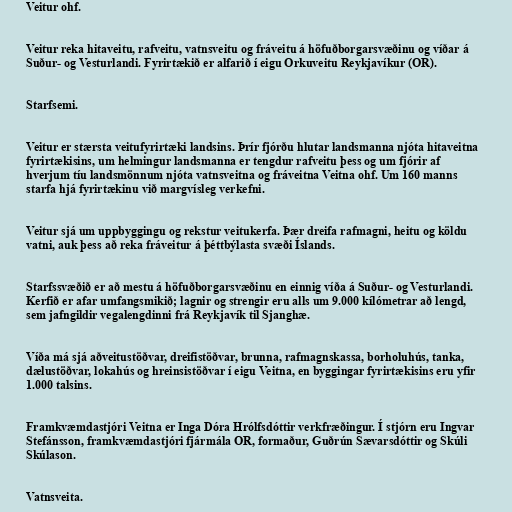
Veitur ohf.

Veitur reka hitaveitu, rafveitu, vatnsveitu og fráveitu á höfuðborgarsvæðinu og víðar á
Suður- og Vesturlandi. Fyrirtækið er alfarið í eigu Orkuveitu Reykjavíkur (OR).

Starfsemi.

Veitur er stærsta veitufyrirtæki landsins. Þrír fjórðu hlutar landsmanna njóta hitaveitna
fyrirtækisins, um helmingur landsmanna er tengdur rafveitu þess og um fjórir af
hverjum tíu landsmönnum njóta vatnsveitna og fráveitna Veitna ohf. Um 160 manns
starfa hjá fyrirtækinu við margvísleg verkefni.

Veitur sjá um uppbyggingu og rekstur veitukerfa. Þær dreifa rafmagni, heitu og köldu
vatni, auk þess að reka fráveitur á þéttbýlasta svæði Íslands.

Starfssvæðið er að mestu á höfuðborgarsvæðinu en einnig víða á Suður- og Vesturlandi.
Kerfið er afar umfangsmikið; lagnir og strengir eru alls um 9.000 kílómetrar að lengd,
sem jafngildir vegalengdinni frá Reykjavík til Sjanghæ.

Víða má sjá aðveitustöðvar, dreifistöðvar, brunna, rafmagnskassa, borholuhús, tanka,
dælustöðvar, lokahús og hreinsistöðvar í eigu Veitna, en byggingar fyrirtækisins eru yfir
1.000 talsins.

Framkvæmdastjóri Veitna er Inga Dóra Hrólfsdóttir verkfræðingur. Í stjórn eru Ingvar
Stefánsson, framkvæmdastjóri fjármála OR, formaður, Guðrún Sævarsdóttir og Skúli
Skúlason.

Vatnsveita.